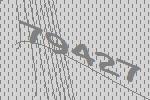
79427